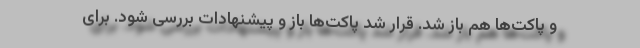
و پاکت‌ها هم باز شد. قرار شد پاکت‌ها باز و پیشنهادات بررسی شود. برای